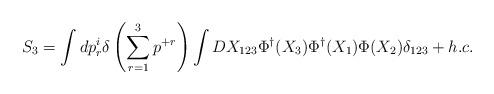
LaTeX: \begin{align*}S_3=\int dp_r^i\delta\left(\sum_{r=1}^3 p^{+r}\right) \int DX_{123}\Phi^{\dagger}(X_3)\Phi^{\dagger}(X_1)\Phi(X_2) \delta_{123} + h.c.\end{align*}